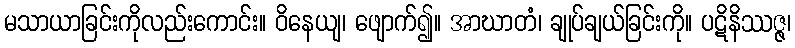
မသာယာခြင်းကိုလည်းကောင်း။ ဝိနေယျ၊ ဖျောက်၍။ အာဃာတံ၊ ချုပ်ချယ်ခြင်းကို။ ပဋိနိဿဇ္ဇ၊